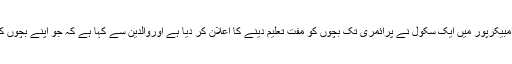
ٹائمز آف انڈیا کی رپورٹ کے مطابق چھتیس گڑھ کے علاقے امبیکرپور میں ایک سکول نے پرائمری تک بچوں کو مفت تعلیم دینے کا اعلان کر دیا ہے اوروالدین سے کہا ہے کہ جو اپنے بچوں کی فیس دینے کی سکت نہیں رکھتے وہ بدلے میں درخت لگائیں۔